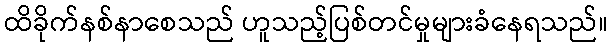
ထိခိုက်နစ်နာစေသည် ဟူသည့်ပြစ်တင်မှုများခံနေရသည်။